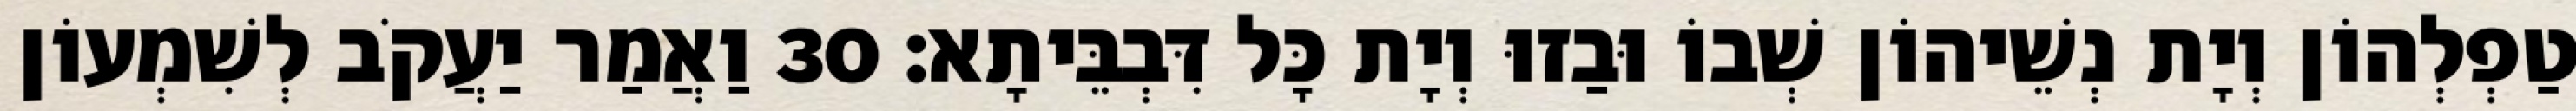
טַפְלְהוֹן וְיָת נְשֵׁיהוֹן שְׁבוֹ וּבַזוּ וְיָת כָּל דִּבְבֵּיתָא׃ 30 וַאֲמַר יַעֲקֹב לְשִׁמְעוֹן